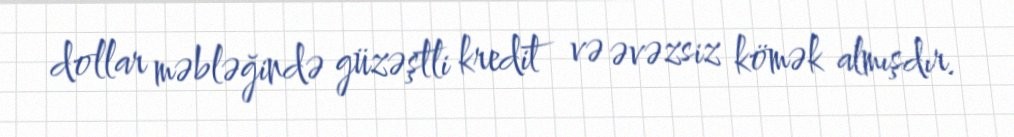
dollar məbləğində güzəştli kredit və əvəzsiz kömək almışdır.